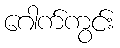
ဂေါက်ကွင်း